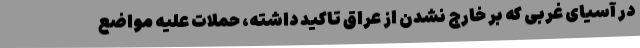
در آسیای غربی که بر خارج نشدن از عراق تاکید داشته، حملات علیه مواضع